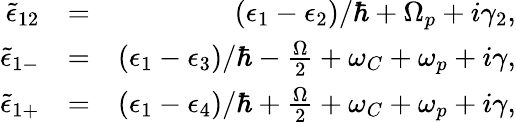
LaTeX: \begin{array}{rlr}{\tilde{\epsilon}_{12}}&{=}&{(\epsilon_{1}-\epsilon_{2})/\hbar+\Omega_{p}+i\gamma_{2},}\\ {\tilde{\epsilon}_{1-}}&{=}&{(\epsilon_{1}-\epsilon_{3})/\hbar-\frac{\Omega}{2}+\omega_{C}+\omega_{p}+i\gamma,}\\ {\tilde{\epsilon}_{1+}}&{=}&{(\epsilon_{1}-\epsilon_{4})/\hbar+\frac{\Omega}{2}+\omega_{C}+\omega_{p}+i\gamma,}\end{array}